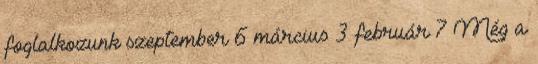
foglalkozunk szeptember 6 március 3 február 7 Még a